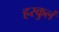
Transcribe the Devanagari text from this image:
हरकुलं